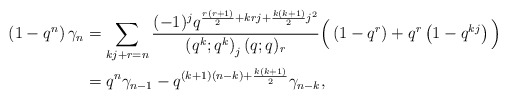
\begin{align*}\left( 1- q^n \right) \gamma_n & =\sum_{kj+r=n}\frac{(-1)^j q^{\frac{r(r+1)}2 + krj+ \frac{k(k+1)}2 j^2}}{\left( q^{k}; q^{k}\right)_j (q;q)_{r}}\Big( \left(1-q^r\right) + q^r \left( 1-q^{kj}\right)\Big) \\& = q^n \gamma_{n-1} - q^{(k+1)(n-k) + \frac{k(k+1)}2} \gamma_{n-k},\end{align*}